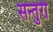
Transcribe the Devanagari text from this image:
सन्तुरी